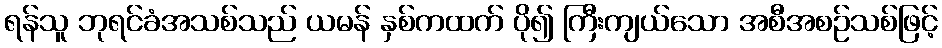
ရန်သူ ဘုရင်ခံအသစ်သည် ယမန် နှစ်ကထက် ပို၍ ကြီးကျယ်သော အစီအစဉ်သစ်ဖြင့်